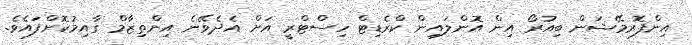
އިންފޮރމޭޝަން ބިއުރޯ އިން އޮންލައިން ކްރެޑިޓް ހިސްޓްރީ އަށް އެދެވޭނެ އިންތިޒާމް ގާއިމުކޮށްފައެވެ.